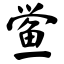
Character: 鲎